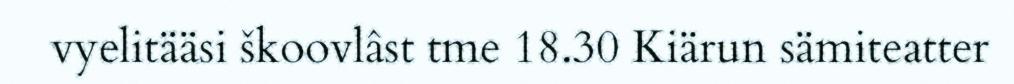
vyelitääsi škoovlâst tme 18.30 Kiärun sämiteatter